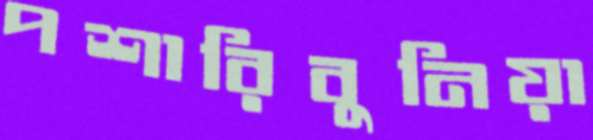
পশারিবুনিয়া